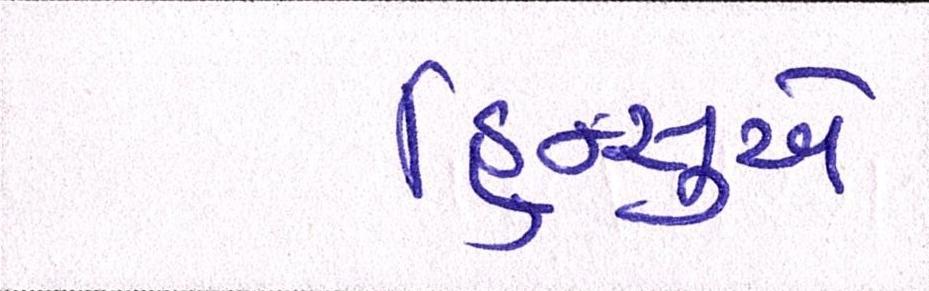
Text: હિન્સુએ